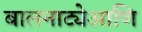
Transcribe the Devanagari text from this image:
बालनाट्येआणि